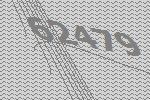
62479